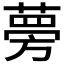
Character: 𫉐